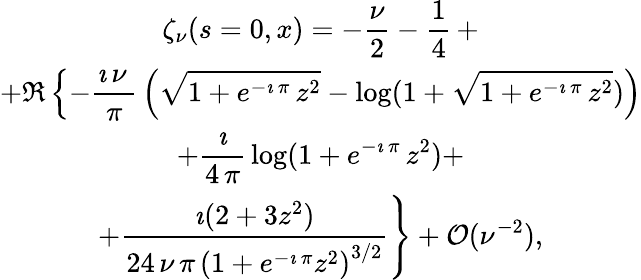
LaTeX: \begin{array}{c}{{\zeta_{\nu}(s=0,x)=\displaystyle{{-{\frac{\nu}{2}}-\frac{1}{4}}\, +}}}\\ {{\displaystyle{+\Re\left\{ -{\frac{\imath\, \nu\, }{\pi}}\left({\sqrt{1+{e^{-\imath\, \pi}}\, {z^{2}}}}-\log(1+{\sqrt{1+{e^{-\imath\, \pi}}\, {z^{2}}}})\right)\right.}}}\\ {{\displaystyle{\left.+{\frac{\imath}{4\, \pi}}\log(1+{e^{-\imath\, \pi}}\, {z^{2}})+\right.}}}\\ {{\displaystyle{\left.+{\frac{\imath(2+3z^{2})}{24\, \nu\, \pi\, {{\left(1+{e^{-\imath\, \pi}}{z^{2}}\right)}^{3/2}}}}\right\} +{\cal O}(\nu^{-2})},}}\end{array}